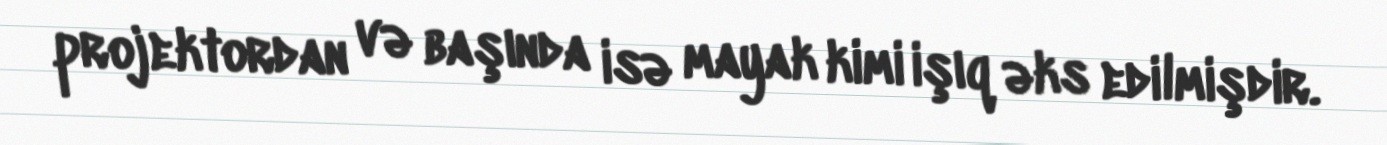
projektordan və başında isə mayak kimi işıq əks edilmişdir.